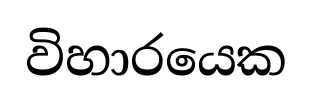
විහාරයෙක